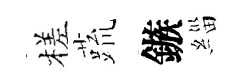
槎蔬鏃緇